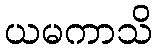
ယမကာသိ